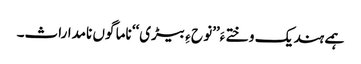
ہمے ہند یک وختے ءَ’’نو ح ءِ بیڑی‘‘ ناما گوں نامداراث۔